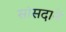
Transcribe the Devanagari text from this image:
सांसदाने